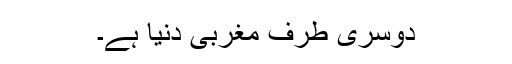
دوسری طرف مغربی دنیا ہے۔